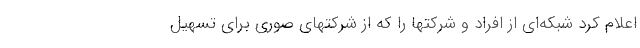
اعلام کرد شبکه‌ای از افراد و شرکتها را که از شرکتهای صوری برای تسهیل